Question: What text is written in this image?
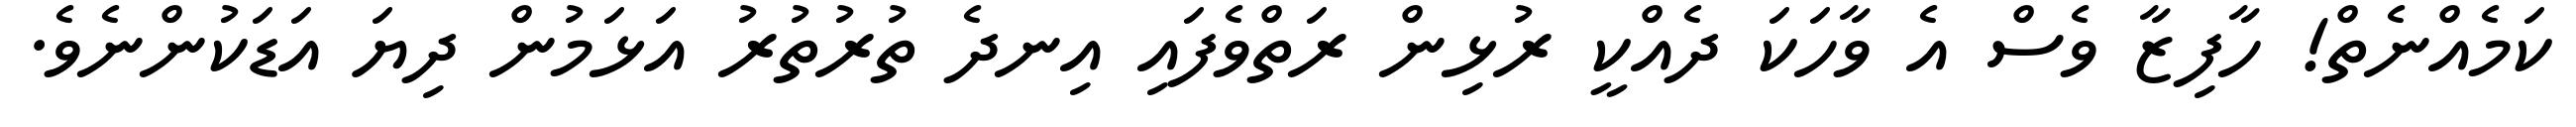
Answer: ކަމެއްނެތް! ހާފިޒާ ވެސް އެ ވާހަކަ ދެއްކީ ރުޅިން ރަތްވެފައި އިނދެ ތުރުތުރު އަޅަމުން ދިޔަ އަޑަކުންނެވެ.